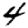
Digit: 4